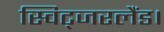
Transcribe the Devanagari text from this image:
स्विट्जरलैंड।